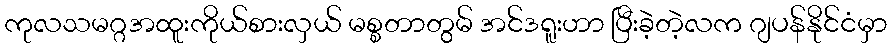
ကုလသမဂ္ဂအထူးကိုယ်စားလှယ် မစ္စတာတွမ် အင်ဒရူးဟာ ပြီးခဲ့တဲ့လက ဂျပန်နိုင်ငံမှာ